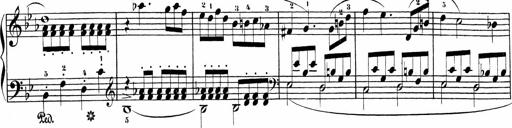
Title: Sonatinas
Composer: Andrew Violette